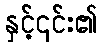
နှင့်၎င်း၏